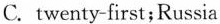
C. twenty-first;Russia